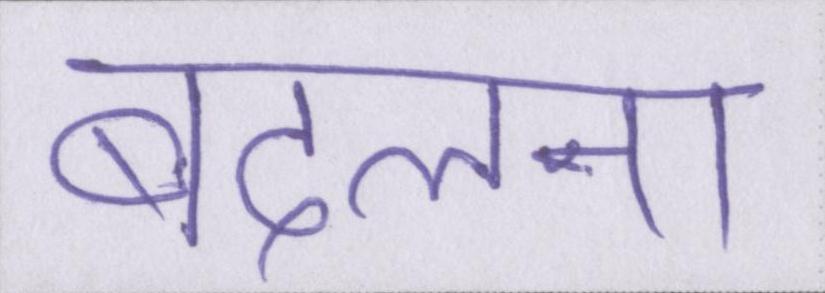
बदलना